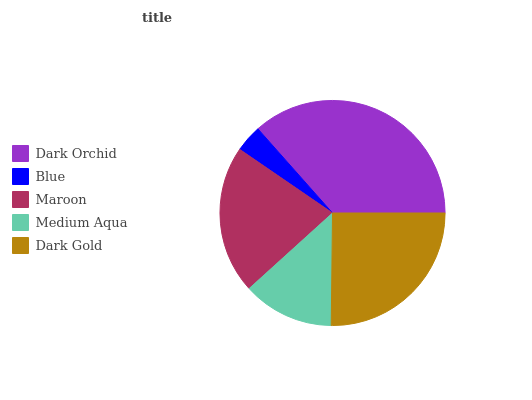
| Dark Orchid | Blue | Maroon | Medium Aqua | Dark Gold |
 | --- | --- | --- | --- | --- |
 | 36.6% | 3.9% | 21.3% | 13.1% | 25.1% |